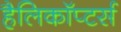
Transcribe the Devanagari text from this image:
हैलिकॉप्टर्स